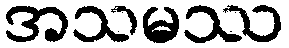
အသမဿ